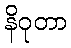
နိဝုတာ